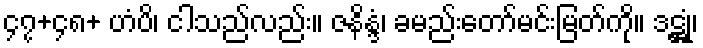
၄၇+၄၈+ ဟံပိ၊ ငါသည်လည်း။ ဇနိန္ဒံ၊ ခမည်းတော်မင်းမြတ်ကို။ ဒဋ္ဌုံ၊